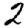
Digit: 2